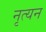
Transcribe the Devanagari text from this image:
नृत्यन